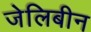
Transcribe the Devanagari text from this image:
जेलिबीन